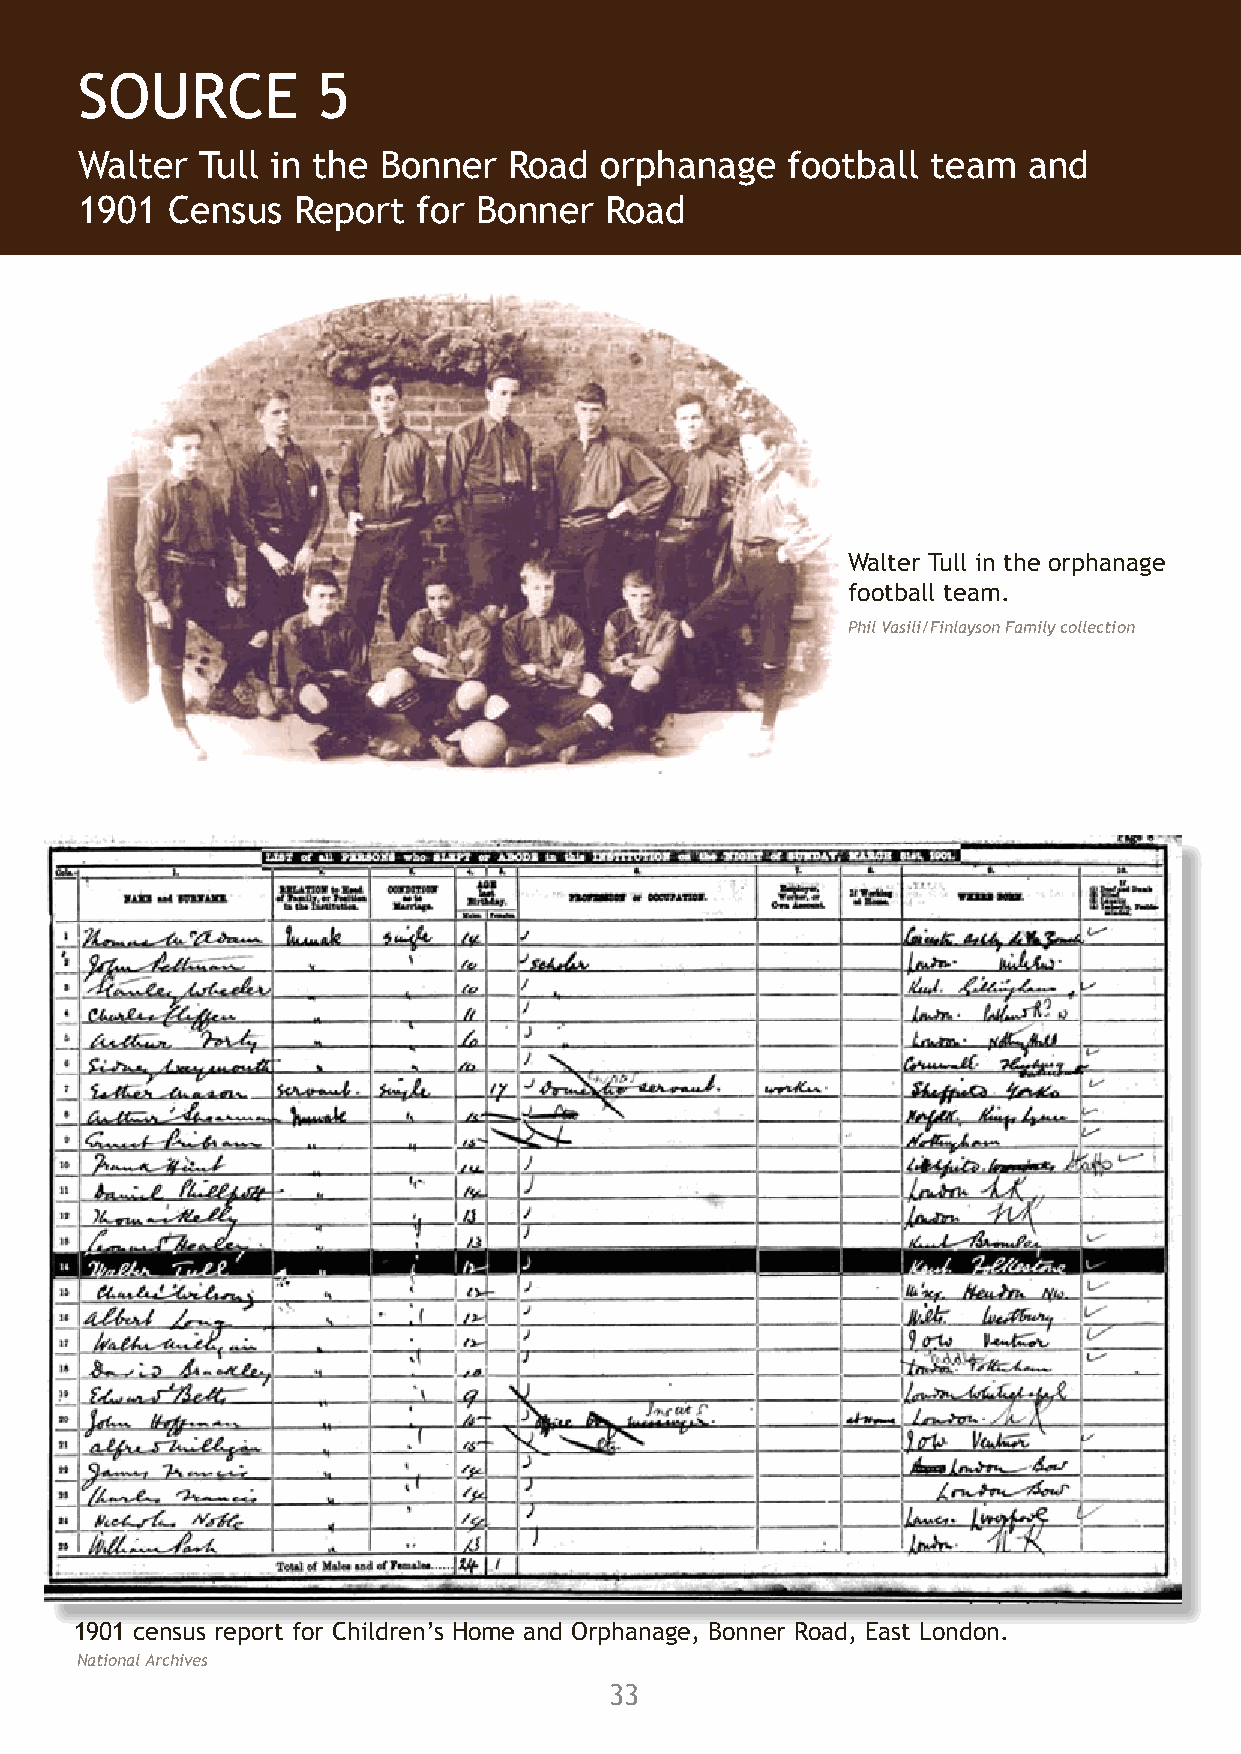
SOURCE          5                                                                 SOURCE          6
 Walter  Tull in the Bonner   Road  orphanage   football  team  and
 “Catch   of the Season!”   article
 1901  Census  Report   for Bonner  Road
 THE CATCH OF THE SEASON
 Walter Tull in the orphanage
 football team.
 Phil Vasili/Finlayson Family collection
 “Without doubt the original
 of  the portrait appearing
 below  has been Clapton’s
 “Catch of the Season.”
 The son of a West Indian who
 came  over and settled in
 “Catch of the Season”               England, the subject of our
 article written for the             sketch was born at Folkestone
 Football Star on 20 March,          in 1888. Coming to London ten
 1909. Phil Vasili                   years later, he played with an
 orphanage team first on Victoria
 Park and later at Stamford
 Hill playing-fields, usually at
 left-back. In fact, he joined
 Clapton with the idea of
 continuing in that position,
 as his friends told him he was
 better there than as outside-
 left, the position he occupied
 as a school boy. Previous to
 playing for his present club, our
 dusky friend had never played
 in a League game or a Cup,
 although one of his brothers
 used to play for Folkestone and
 Dover St. Mary’s. Another is an
 amateur for Ayr Parkhouse, a
 Scottish Second League Team.
 Walter Tull playing for Clapton Orient.
 Phil Vasili
 1901 census report for Children’s Home and Orphanage, Bonner Road, East London.
 National Archives
 33                                                                                34